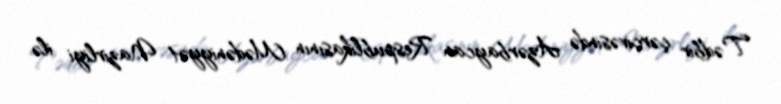
Tədbir çərçivəsində Azərbaycan Respublikasının Mədəniyyət Nazirliyi ilə